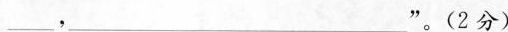
___，___”。(2分)